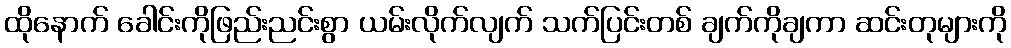
ထိုနောက် ခေါင်းကိုဖြည်းညင်းစွာ ယမ်းလိုက်လျက် သက်ပြင်းတစ် ချက်ကိုချကာ ဆင်းတုများကို